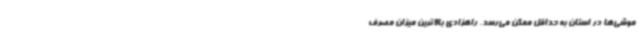
موشی‌ها در استان به حداقل ممکن می‌رسد. راهزادی بالاترین میزان مصرف